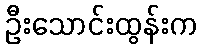
ဦးသောင်းထွန်းက